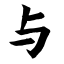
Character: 与